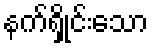
နက်ရှိုင်းသော